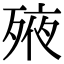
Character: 𣨜